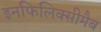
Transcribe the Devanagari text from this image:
इनफिलिक्सीमैब